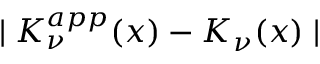
\mid K _ { \nu } ^ { a p p } ( x ) - K _ { \nu } ( x ) \mid